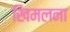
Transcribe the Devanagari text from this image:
खिमलना